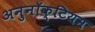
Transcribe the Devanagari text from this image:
अनुनॉक्टियम